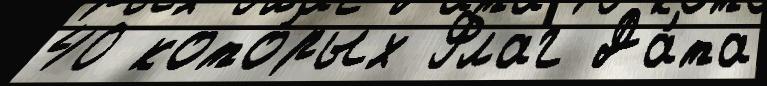
40 кото́рых Флаг Да́та